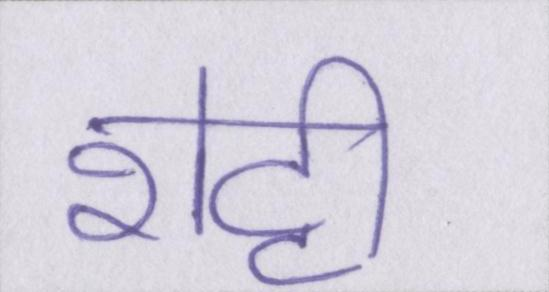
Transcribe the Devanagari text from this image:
शेट्टी